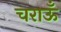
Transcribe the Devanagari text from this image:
चराऊँ